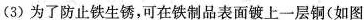
(3)为了防止铁生锈，可在铁制品表面镀上一层铜(如图